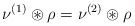
\begin{align*} \nu^{(1)}\circledast \rho = \nu^{(2)}\circledast \rho \end{align*}